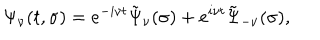
LaTeX: \Psi _ { \nu } ( t , \sigma ) = e ^ { - i \nu t } \tilde { \Psi } _ { \nu } ( \sigma ) + e ^ { i \nu t } \tilde { \Psi } _ { - \nu } ( \sigma ) ,